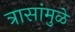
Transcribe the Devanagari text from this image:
त्रासांमुळे